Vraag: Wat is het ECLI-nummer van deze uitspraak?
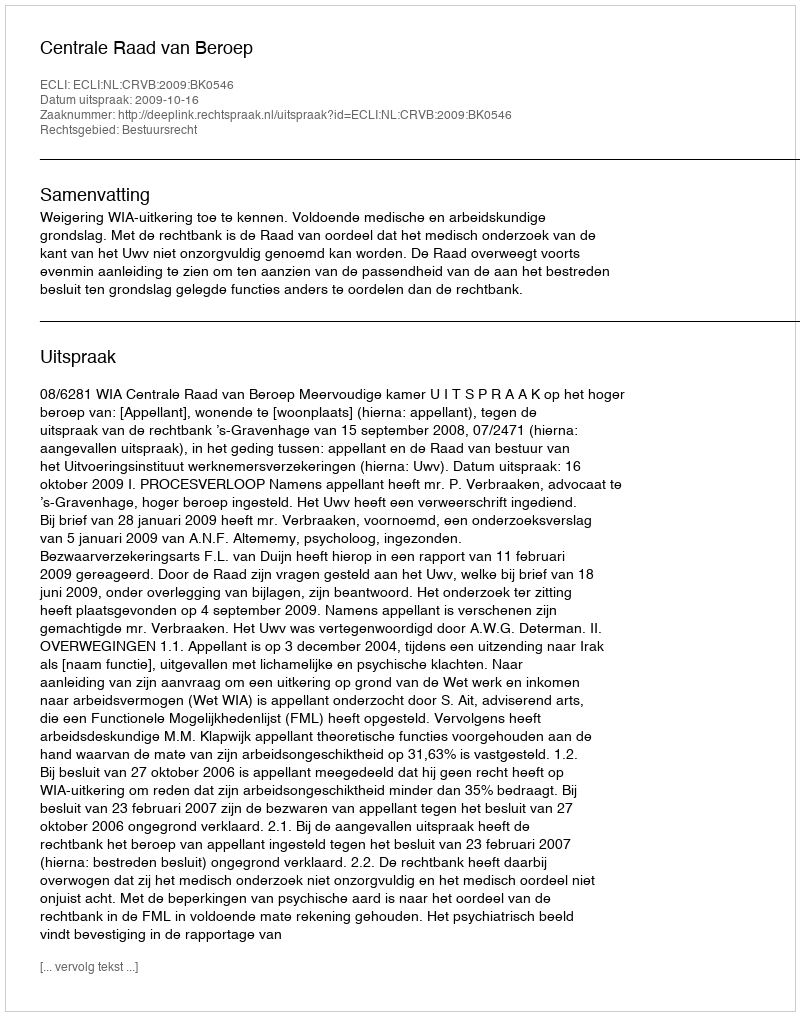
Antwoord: ECLI:NL:CRVB:2009:BK0546